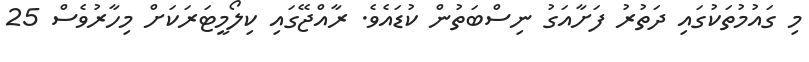
މި ގައުމުތަކުގައި ދަތުރު ފަށާއަގު ނިސްބަތުން ކުޑައެވެ. ރާއްޖޭގައި ކިލޯމީޓަރަކަށް މިހާރުވެސް 25